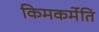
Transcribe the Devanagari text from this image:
किमकर्मेति